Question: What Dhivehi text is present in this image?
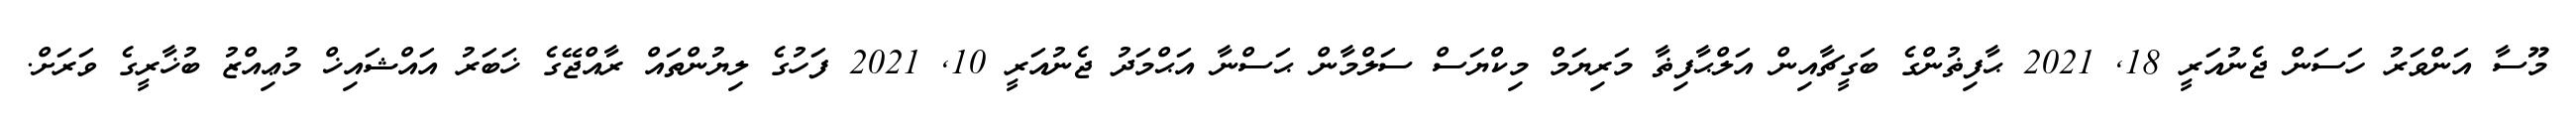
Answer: މޫސާ އަންވަރު ހަސަން ޖެނުއަރީ 18, 2021 ޙާފިޡުންގެ ބަގީޗާއިން އަލްޙާފިޡާ މަރިޔަމް މިކްޔަސް ސަލްމާން ޙަސްނާ އަޙްމަދު ޖެނުއަރީ 10, 2021 ފަހުގެ ލިޔުންތައް ރާއްޖޭގެ ޚަބަރު އައްޝައިޚް މުޢިއްޒު ބުޚާރީގެ ވަރަށް.